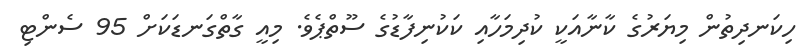
ހިކަނދިތުން މިޔަރުގެ ކާނާއަކީ ކުދިމަހާއި ކަކުނިފާޑުގެ ސޫތްޕެވެ. މިއީ ގާތްގަނޑަކަށް 95 ސެންޓި